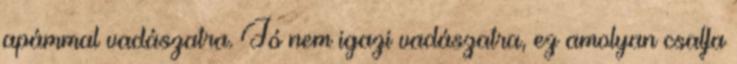
apámmal vadászatra. Jó nem igazi vadászatra, ez amolyan csalfa